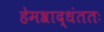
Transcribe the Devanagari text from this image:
हेमश्राद्धंततः